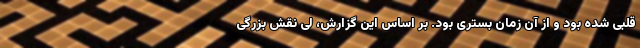
قلبی شده بود و از آن زمان بستری بود. بر اساس این گزارش، لی نقش بزرگی